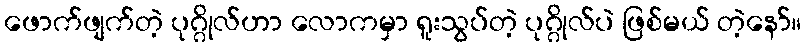
ဖောက်ဖျက်တဲ့ ပုဂ္ဂိုလ်ဟာ လောကမှာ ရူးသွပ်တဲ့ ပုဂ္ဂိုလ်ပဲ ဖြစ်မယ် တဲ့နော်။